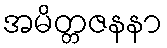
အမိတ္တဇနနာ